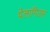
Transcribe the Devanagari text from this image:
पेलागिउस